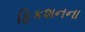
ફિકશનના